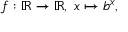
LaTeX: f : \mathbb { R } \to \mathbb { R } , \ x \mapsto b ^ { x } ,